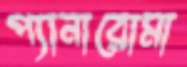
প্যানারোমা